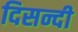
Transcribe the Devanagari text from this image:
दिसन्दी